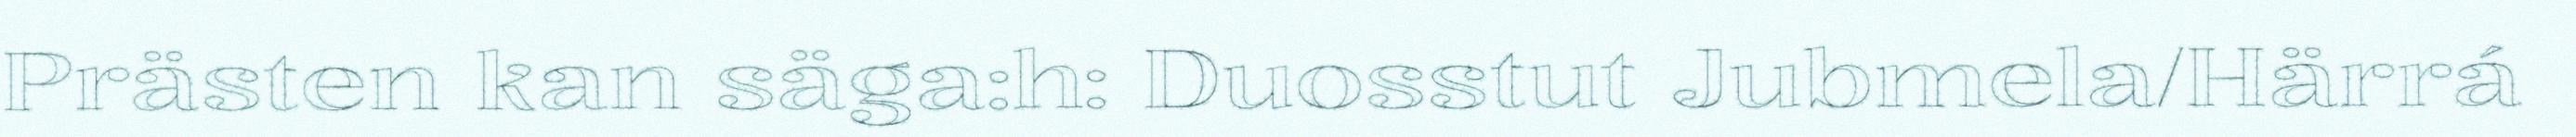
Prästen kan säga:h: Duosstut Jubmela/Härrá